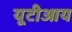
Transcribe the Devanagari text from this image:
यूटीआय